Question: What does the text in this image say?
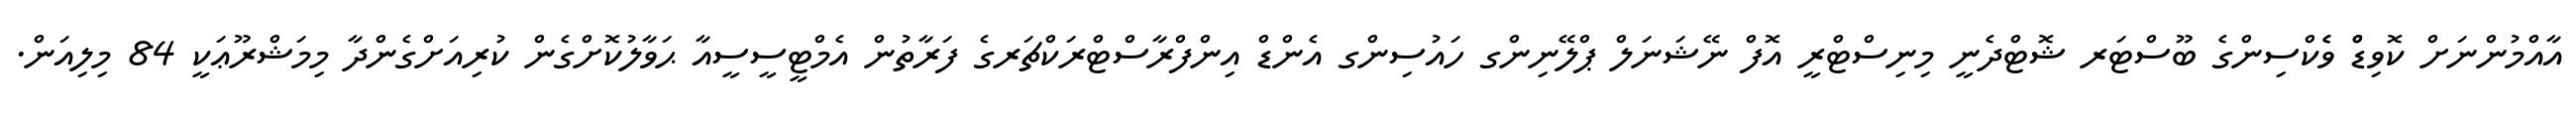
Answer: އާއްމުންނަށް ކޮވިޑްް ވެެކްސިންގެ ބޫސްޓަރ ޝޮޓްދެނީ މިނިސްޓްރީ އޮފް ނޭޝަނަލް ޕްލޭނިންގ ހައުސިންގ އެންޑް އިންފްރާސްޓްރަކްޗަރގެ ފަރާތުން އެމްޓީސީސީއާ ޙަވާލުކޮށްގެން ކުރިއަށްގެންދާ މިމަޝްރޫޢަކީ 84 މިލިއަން.